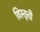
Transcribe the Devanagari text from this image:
विस्तृती